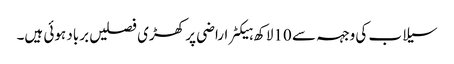
سیلاب کی وجہہ سے 10لاکھ ہیکٹر اراضی پر کھڑی فصلیں برباد ہوئی ہیں۔